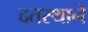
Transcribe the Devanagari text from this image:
दतस्थाने